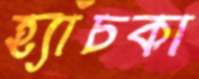
হ্যাঁচকা